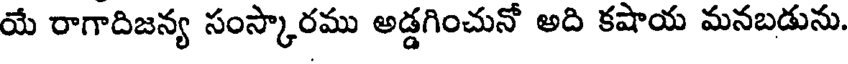
యే రాగాదిజన్య సంస్కారము అడ్డగించునో అది కషాయ మనబడును.